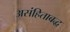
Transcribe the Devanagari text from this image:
असंहिताबद्ध